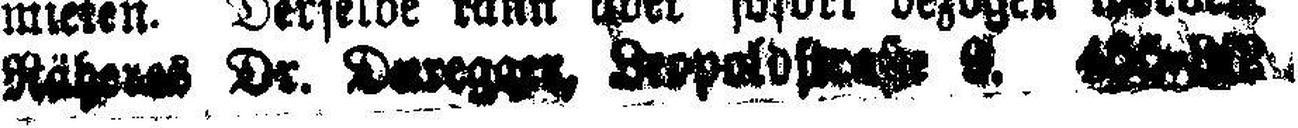
Räh#### Dr. Dureg###, Leopoldstraße ###. ###